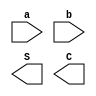
module halfadder(a,b,S,C);
input a,b;
output reg S,C;
always @(*)
begin
Sum = a^b;
Cout = a&b;
end
endmodule